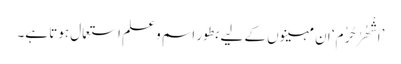
’اَشْھُرُ حُرُم‘ ان مہینوں کے لیے بطور اسم و علم استعمال ہوتا ہے۔